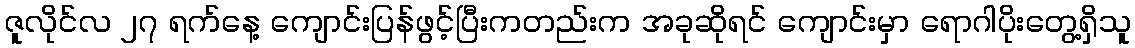
ဇူလိုင်လ ၂၇ ရက်နေ့ ကျောင်းပြန်ဖွင့်ပြီးကတည်းက အခုဆိုရင် ကျောင်းမှာ ရောဂါပိုးတွေ့ရှိသူ